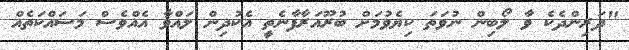
"ދަރިންދެކެ ވާ ލޯބިން ނުވަތަ ކިޔެވުމަށް ބުރޫއަރާފާނެތީ އެކުދިން ލައްވާ އެއްވެސް މަސައްކަތެއް